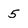
Character: 5